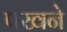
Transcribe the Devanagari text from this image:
पखने